King Institute of Preventive Medicine Bacteriolog. Section reports 1907-08
Year: 1907
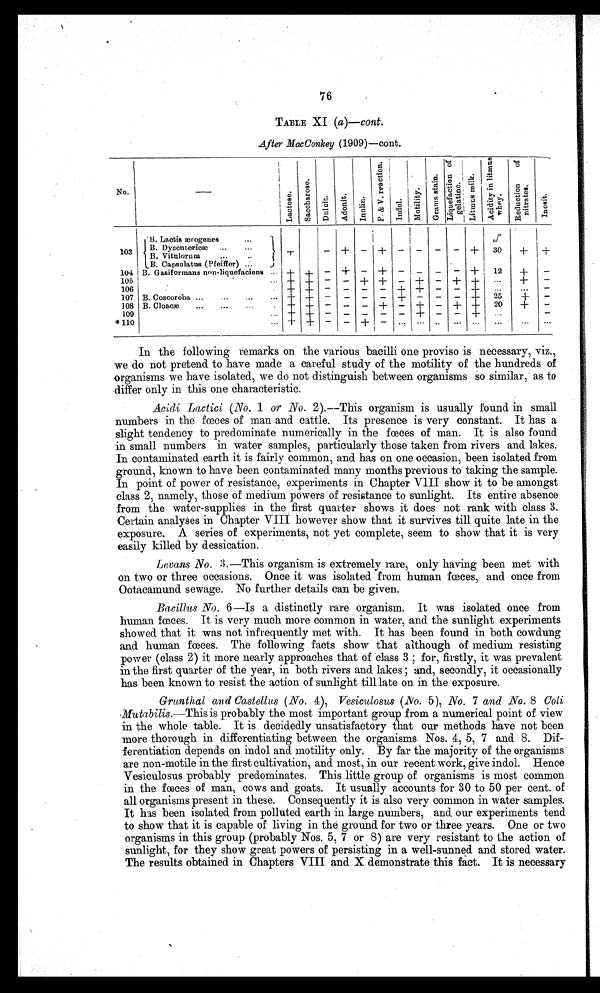
76
TABLE XI (a)—cont.
.After MacConkey (1909)—cont.
No.
L a c t o s e .
S a c c h a r o s e .
D u l c i t .
A d o n i t .
I n u l i n .
P . & V . r e a c t i o n .
I n d o l .
M o t i l i t y .
G r a m s
s t a i n .
Liqufation of gelatine. Li t mu s mi l k .
Aci di ty
i n l i t mus
whey.
R e d u c t i o n
o f n i t r a t e s .
I n o s i t .
103
104
105
106
107
108
109
*110
B.Lactis ærogenes ...
B. Vitnlorum
.
..
B. Capsulatus (Pfeiffer) ...
B. Gasiformans non -liquefaciens ...
—
+
+
+
+
+
+
+
+
+
+
+
+
—
—
—
— —
—
—
+
-
—
—
-
—
—
—
—
—
—
-
—
— +
+
+
+
—
-
+
—
—
—
—
—
+
+
—
—
—
—
+
+
_
—
+
—
—
—
—
—
_
—
—
..
—
—
+
—
_
+
—
...
+
+
+
+
+
+
+
+
%
30
12
—
25
20
. . .
. . .
+ + +
+
+
. . .
+
—
--
—
—
—
. . .
B. Coscoroba ...
...
...
...
B. Cloacæ...
...
. . . . . .
In the following remarks on the various bacilli one proviso is necessary, viz.,
we do not pretend to have made a careful study of the motility of the hundreds of
organisms we have isolated, we do not distinguish between organisms so similar, as to
differ only in this one characteristic.
Acidi Lactici (No. 1 or No. 2).––This organism is usually found in small
numbers in the fœces of man and cattle. Its presence is very constant. It has a
slight tendency to predominate numerically in the fœces of man. It is also found
in small numbers in water samples, particularly those taken from rivers and lakes.
In contaminated earth it is fairly common, and has on one occasion, been isolated from
ground, known to have been contaminated many months previous to taking the sample.
In point of power of resistance, experiments in Chapter VIII show it to be amongst
class 2, namely, those of medium powers of resistance to sunlight. Its entire absence
from the water-supplies in the first quarter shows it does not rank with class 3.
Certain analyses in Chapter VIII however show that it survives till quite late in the
exposure. A. series of experiments, not yet complete, seem to show that it is very
easily killed by dessication.
Levans No. 3.—This organism is extremely rare, only having been met with
on two or three occasions. Once it was isolated from human fœces, and once from
Ootacamund sewage. No further details can be given.
Bacillus No. 6—Is a distinctly rare organism. It was isolated once from
human fœces. It is very much more common in water, and the sunlight experiments
showed that it was not infrequently met with. It has been found in both cowdung
and human fœces. The following facts show that although of medium resisting
power (class 2) it more nearly approaches that of class 3 ; for, firstly, it was prevalent
in the first quarter of the year, in both rivers and lakes ; and, secondly, it occasionally
has been known to resist the action of sunlight till late on in the exposure.
Grunthal and Castellus (No. 4), Vesiculosus (No. 5), No. 7 and No. 8 C o l i
Mutabilis.—This is probably the most important group from a numerical point of view
in the whole table. It is decidedly unsatisfactory that our methods have not been
more thorough in differentiating between the organisms Nos. 4, 5, 7 and 8. Dif-
ferentiation depends on indol and motility only. By far the majority of the organisms
are non-motile in the first cultivation, and most, in our recent work, give indol. Hence
Vesiculosus probably predominates. This little group of organisms is most common
in the fœces of man, cows and goats. It usually accounts for 30 to 50 per cent of
all organisms present in these. Consequently it is also very common in water samples.
It has been isolated from polluted earth in large numbers, and our experiments tend
to show that it is capable of living in the ground for two or three years. One or two
organisms in this group (probably Nos. 5, 7 or 8) are very resistant to the action of
sunlight, for they show great powers of persisting in a well-sunned and stored water.
The results obtained in Chapters VIII and X demonstrate this fact. It is necessary